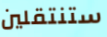
ستنتقلين